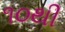
૧૦થી